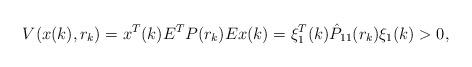
LaTeX: \begin{align*}V(x(k),r_k)=x^T(k)E^TP(r_k)Ex(k)=\xi_1^T(k)\hat P_{11}(r_k)\xi_1(k)>0,\end{align*}